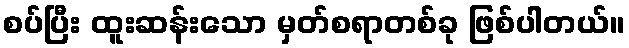
စပ်ပြီး ထူးဆန်းသော မှတ်စရာတစ်ခု ဖြစ်ပါတယ်။